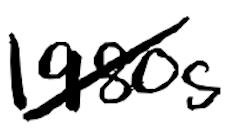
Text: 1980s
Cross-out: diagonal
Writing tool: digital_black